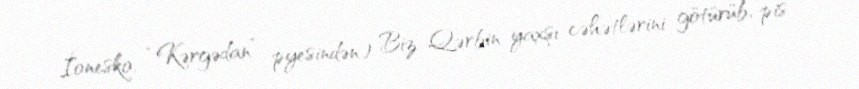
İonesko, “Kərgədan” pyesindən) Biz Qərbin yaxşı cəhətlərini götürüb, pis